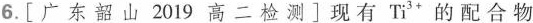
6. [ 广 东 韶 山 2019 高 二 检 测 ] 现有Ti^{3+}的配合物